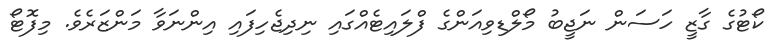
ކޯޓުގެ ގާޒީ ހަސަން ނަޖީބު މޯލްޑިވިއަންގެ ފްލައިޓެއްގައި ނިދިޖެހިފައި އިންނަވާ މަންޒަރެވެ. މިފޮޓޯ